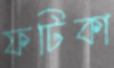
ফটিকা